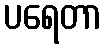
ပရေတာ